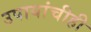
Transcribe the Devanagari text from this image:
उपायांचीही